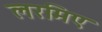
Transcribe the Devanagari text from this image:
लरमिए